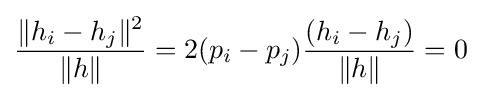
{\frac {\|h_{i}-h_{j}\|^{2}}{\|h\|}}=2(p_{i}-p_{j}){\frac {(h_{i}-h_{j})}{\|h\|}}=0